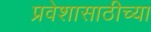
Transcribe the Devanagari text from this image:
प्रवेशासाठीच्या